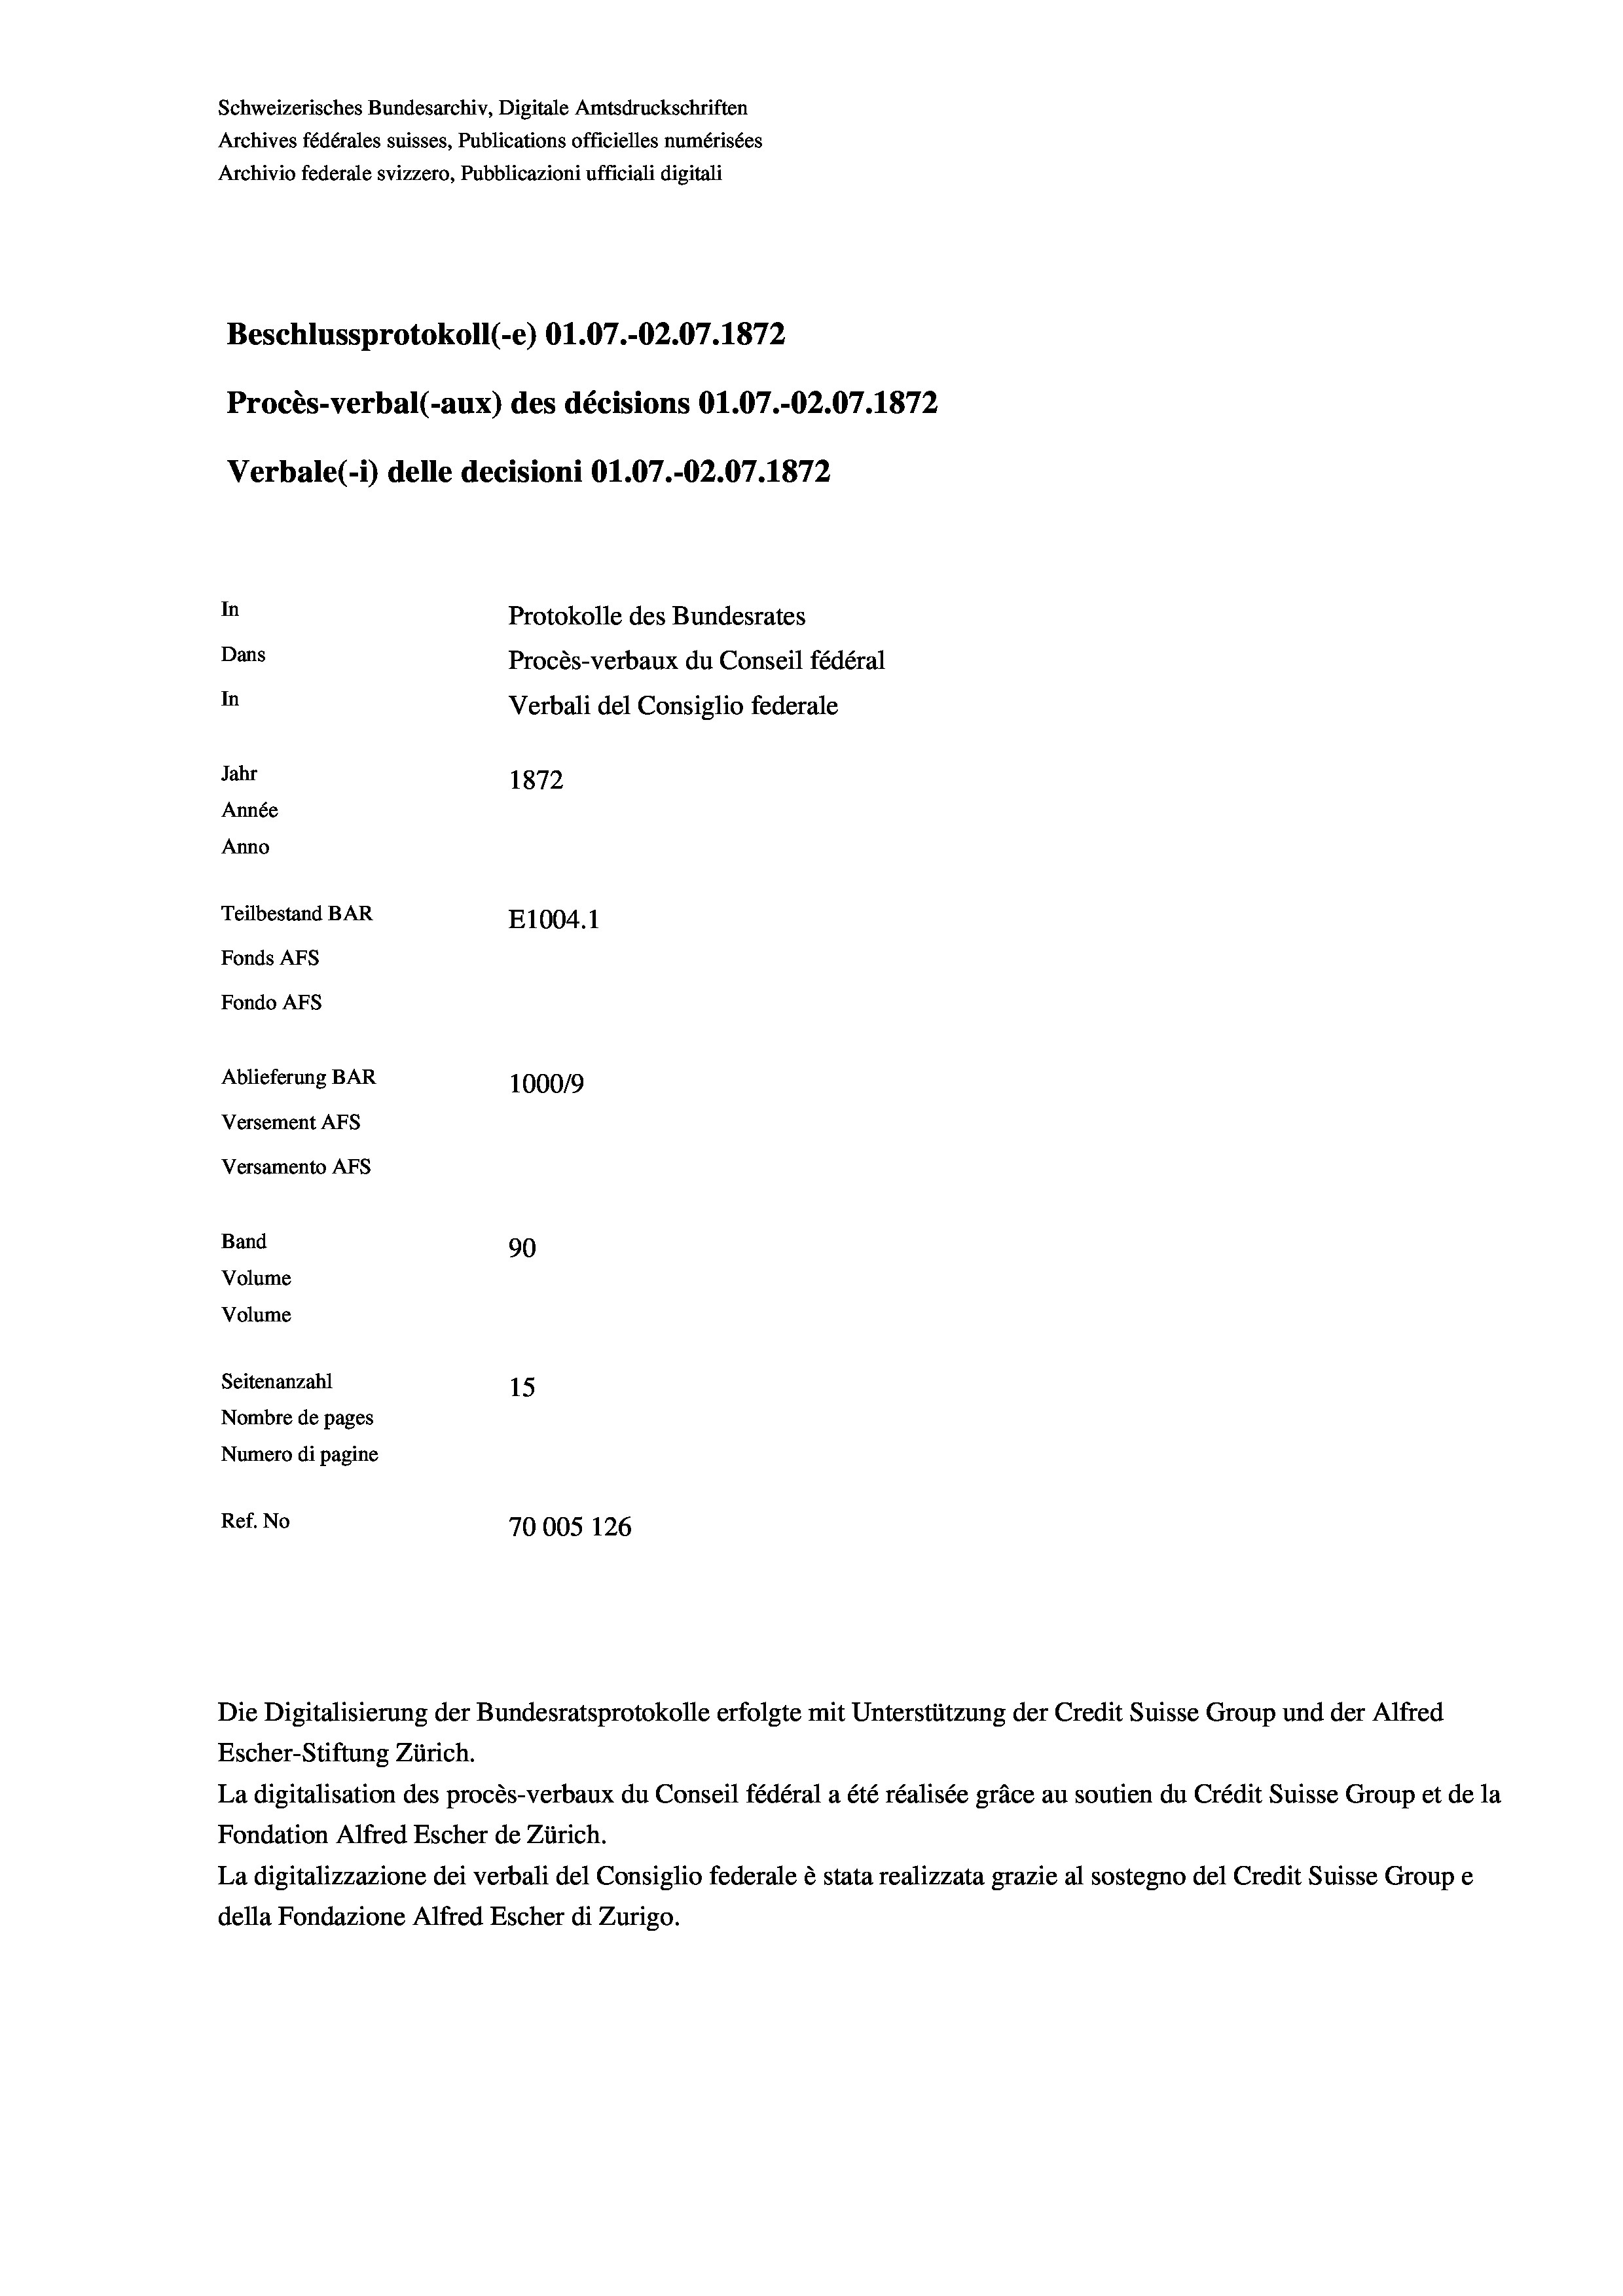
Schweizerisches Bundesarchiv, Digitale Amtsdruckschriften
Archives fédérales suisses, Publications officielles numérisées
Archivio federale svizzero, Pubblicazioni ufficiali digitali
Beschlussprotokoll (-e) O1.07.-O2.07. 1872
Procès-verbal (-aux) des décisions Ol.07.-02.07. 1872
Verbale (1) delle decisioni O1.07.-O2.07. 1872
In
Protokolle des Bundesrates
Dans
Procès-verbaux du Conseil fédéral
In
Verbali del Consiglio federale
Jahr
1872
Année
Anno
Teilbestand BAR
E1004. 1
Fonds AFs
Fondo Afs
Ablieferung BAR
100019
Versement AFs
Versamento AFs
Band
90
Volume
Volume
Seitenanzahl
15
Nombre de pages
Numero di pagine
Ref. No
70005 126

Escher-Stiftung Zürich.
La digitalisation des procès-verbaux du Conseil fédéral a été réalisée gräce au soutien du Crédit Suisse Group et de la
Fondation Alfred Escher de Zürich.
La digitalizzazione dei verbali del Consiglio federale è stata realizzata grazie al sostegno del Credit Suisse Groupe
della Fondazione Alfred Escher di Zurigo.

Die Digitalisierung der Bundesratsprotokolle erfolgte mit Unterstützung der Credit Suisse Group und der Alfred